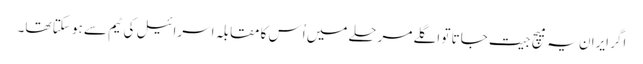
اگر ایران یہ میچ جیت جاتا تو اگلے مرحلے میں اُس کا مقابلہ اسرائیل کی ٹیم سے ہو سکتا تھا۔